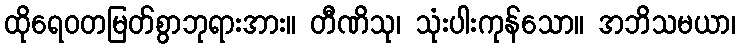
ထိုရေဝတမြတ်စွာဘုရားအား။ တီဏိသု၊ သုံးပါးကုန်သော။ အဘိသမယာ၊